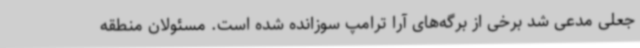
جعلی مدعی شد برخی از برگه‌های آرا ترامپ سوزانده شده است. مسئولان منطقه